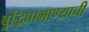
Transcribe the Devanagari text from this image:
बुद्धिप्रामाण्याची